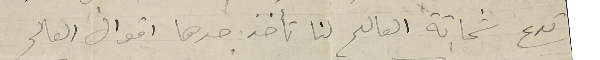
تدع شحاتة العالم لنا تأخذ حدها اقوال العالم